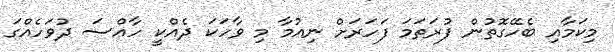
މިކަމާއި ބެހޭގޮތުން ފުރަތަމަ ފަހަރަށް ނިއުމާ މި ވާހަކަ ދެއްކީ ހާއްސަ ދުވަހެއްގަ